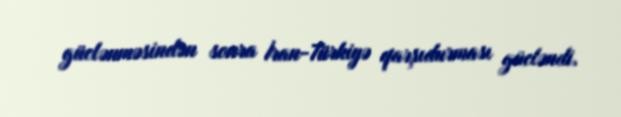
güclənməsindən sonra İran-Türkiyə qarşıdurması gücləndi.